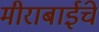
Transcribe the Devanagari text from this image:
मीराबाईंचे